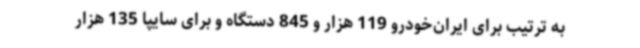
به ترتیب برای ایران‌خودرو 119 هزار و 845 دستگاه و برای سایپا 135 هزار